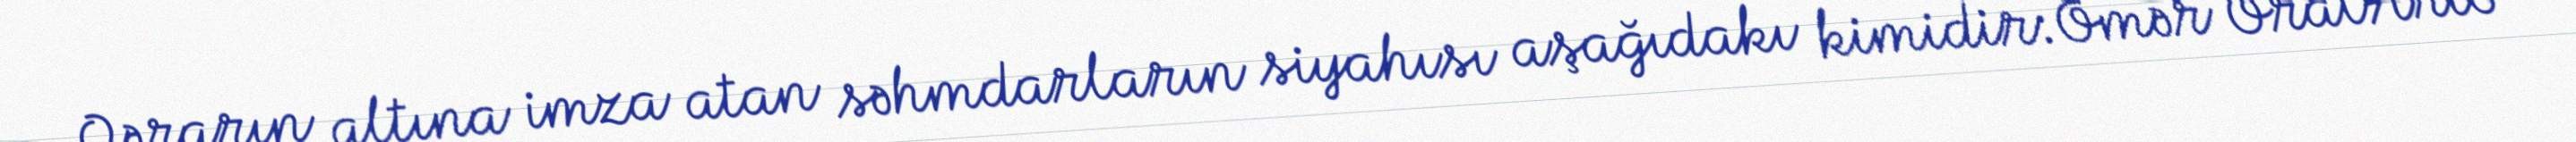
Qərarın altına imza atan səhmdarların siyahısı aşağıdakı kimidir:Ömər OralArto